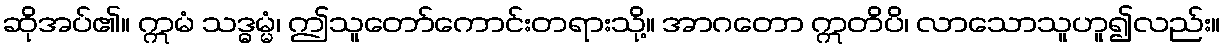
ဆိုအပ်၏။ ဣမံ သဒ္ဓမ္မံ၊ ဤသူတော်ကောင်းတရားသို့။ အာဂတော ဣတိပိ၊ လာသောသူဟူ၍လည်း။